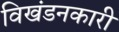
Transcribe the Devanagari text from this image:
विखंडनकारी